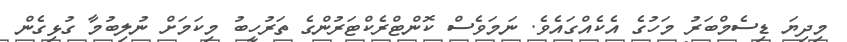
މިދިޔަ ޑިސެމްބަރު މަހުގެ އެކެއްގައެވެ. ނަމަވެސް ކޮންޓްރެކްޓަރުންގެ ތަރުހީބު މިކަމަށް ނުލިބުމާ ގުޅިގެން